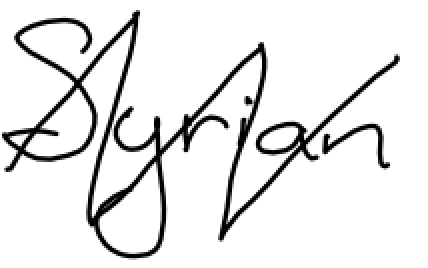
Text: Syrian
Cross-out: zig-zag
Writing tool: digital_black